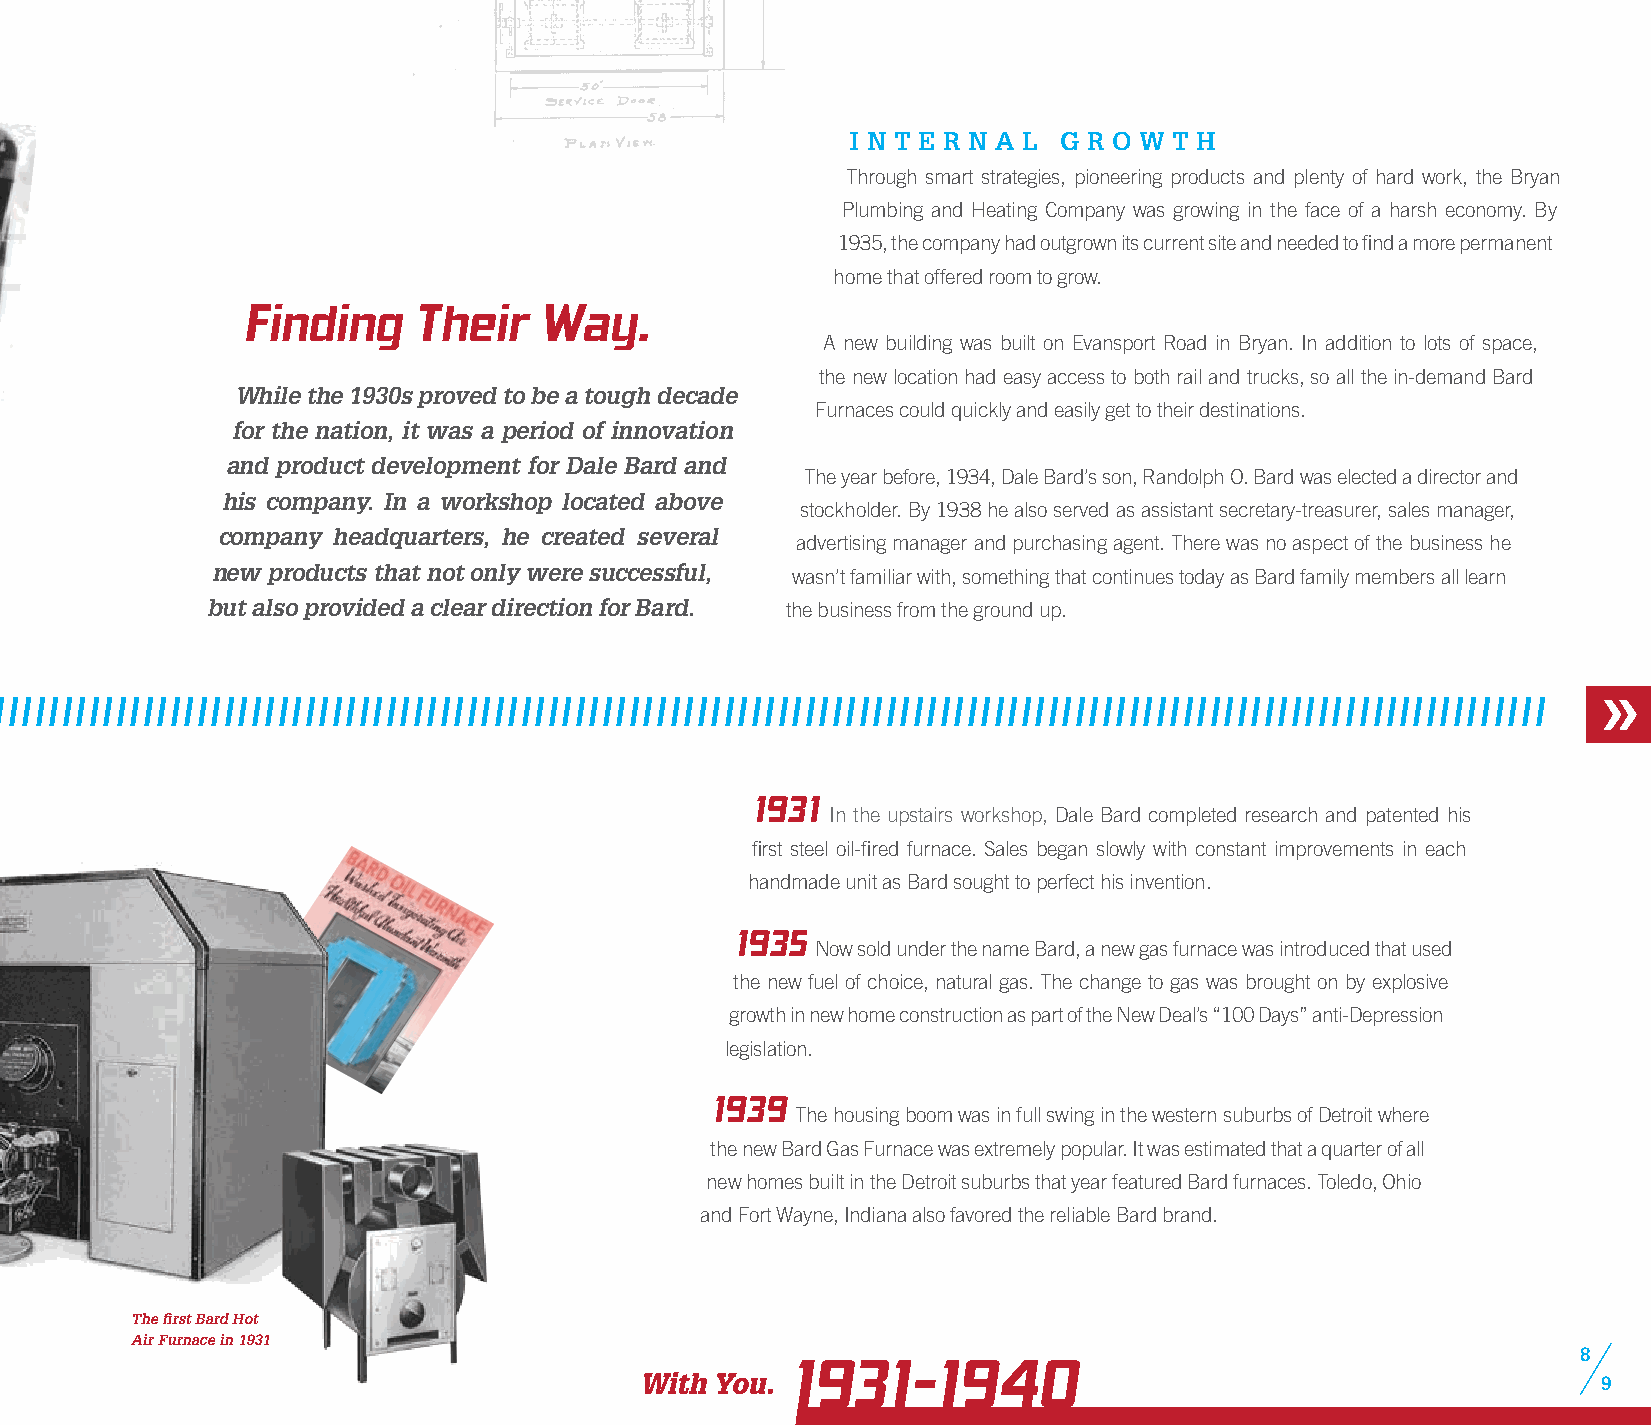
i n t E r n a l g r o w t h
 Through smart strategies, pioneering products and plenty of hard work, the Bryan
 Plumbing and Heating Company was growing in the face of a harsh economy. By
 1935, the company had outgrown its current site and needed to find a more permanent
 home that offered room to grow.
 Finding    Their   Way.
 A new building was built on Evansport Road in Bryan. In addition to lots of space,
 the new location had easy access to both rail and trucks, so all the in-demand Bard
 While the 1930s proved to be a tough decade
 Furnaces could quickly and easily get to their destinations.
 for the nation, it was a period of innovation
 and product development for Dale Bard and
 The year before, 1934, Dale Bard’s son, Randolph O. Bard was elected a director and
 his company. In a workshop located above
 stockholder. By 1938 he also served as assistant secretary-treasurer, sales manager,
 company headquarters, he created several
 advertising manager and purchasing agent. There was no aspect of the business he
 new products that not only were successful, wasn’t familiar with, something that continues today as Bard family members all learn
 but also provided a clear direction for Bard. the business from the ground up.
 / / / / / / / / / / / / / / / / / / / / / / / / / / / / / / / / / / / / / / / / / / / / / / / / / / / / / / / / / / / / / / / / / / / / / / / / / / / / / / / / / / / / / / / / / / / / / / / / / / / / / / / / / / / / / / / / / / / / / / / / / / / / / / / / / / / / / / / / / / /
 1931
 In the upstairs workshop, Dale Bard completed research and patented his
 first steel oil-fired furnace. Sales began slowly with constant improvements in each
 handmade unit as Bard sought to perfect his invention.
 1935
 Now sold under the name Bard, a new gas furnace was introduced that used
 the new fuel of choice, natural gas. The change to gas was brought on by explosive
 growth in new home construction as part of the New Deal’s “100 Days” anti-Depression
 legislation.
 1939
 The housing boom was in full swing in the western suburbs of Detroit where
 the new Bard Gas Furnace was extremely popular. It was estimated that a quarter of all
 new homes built in the Detroit suburbs that year featured Bard furnaces. Toledo, Ohio
 and Fort Wayne, Indiana also favored the reliable Bard brand.
 The first Bard Hot
 Air Furnace in 1931
 8
 1931—1940
 With You.                                                       9